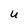
Character: u